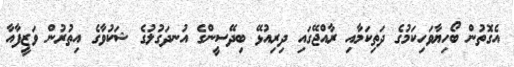
އެގޮތުން ބޯހިޔާވަހިކަމުގެ ދަތިކަމާއި ރާއްޖޭގައި ދިރިއުޅޭ ބިދޭސީންގެ އުނދަގުލުގެ ޝަކުވާގެ އިތުރުން ވަޒީފާއާ